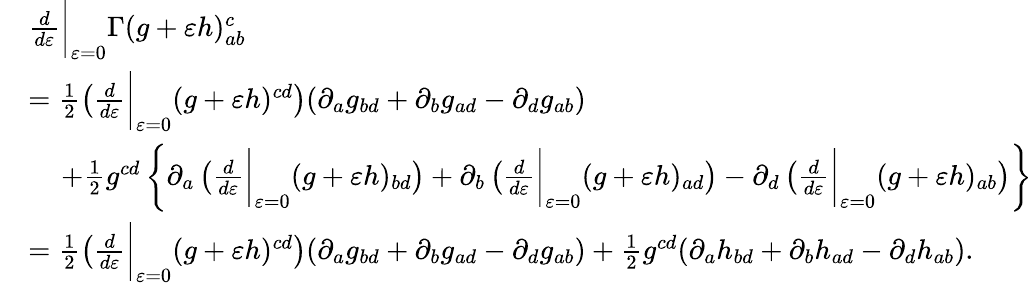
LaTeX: \begin{array}{rl}&{\frac{d}{d\varepsilon}\bigg\vert_{\varepsilon=0}\Gamma(g+\varepsilon h)_{ab}^{c}}\\ &{=\frac{1}{2}\left(\frac{d}{d\varepsilon}\bigg\vert_{\varepsilon=0}(g+\varepsilon h)^{cd}\right)(\partial_{a}g_{bd}+\partial_{b}g_{ad}-\partial_{d}g_{ab})}\\ &{\quad\, +\frac{1}{2}g^{cd}\left\{ \partial_{a}\left(\frac{d}{d\varepsilon}\bigg\vert_{\varepsilon=0}(g+\varepsilon h)_{bd}\right)+\partial_{b}\left(\frac{d}{d\varepsilon}\bigg\vert_{\varepsilon=0}(g+\varepsilon h)_{ad}\right)-\partial_{d}\left(\frac{d}{d\varepsilon}\bigg\vert_{\varepsilon=0}(g+\varepsilon h)_{ab}\right)\right\} }\\ &{=\frac{1}{2}\left(\frac{d}{d\varepsilon}\bigg\vert_{\varepsilon=0}(g+\varepsilon h)^{cd}\right)(\partial_{a}g_{bd}+\partial_{b}g_{ad}-\partial_{d}g_{ab})+\frac{1}{2}g^{cd}(\partial_{a}h_{bd}+\partial_{b}h_{ad}-\partial_{d}h_{ab}).}\end{array}